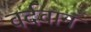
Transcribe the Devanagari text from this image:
वर्दवान